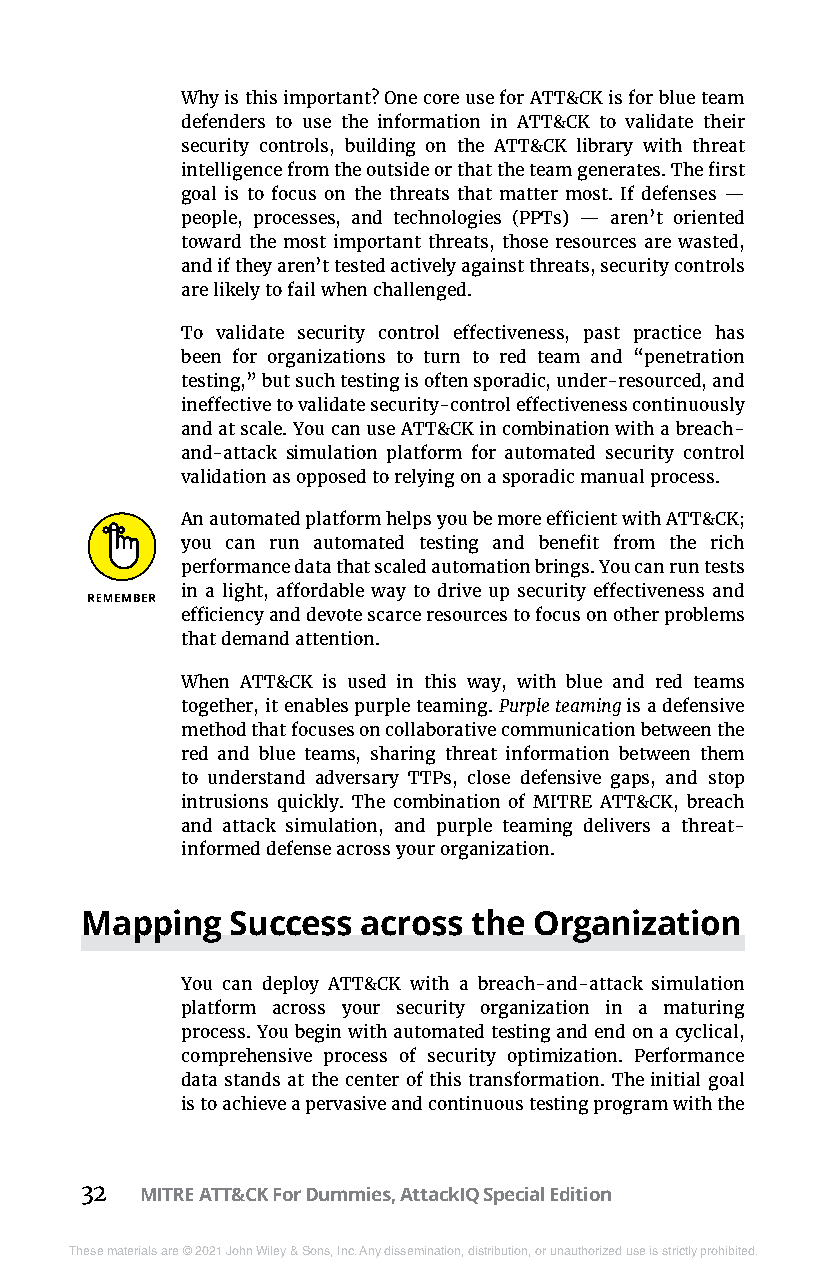
Why is this important? One core use for ATT&CK is for blue team
 defenders to use the information in ATT&CK to validate their
 security controls, building on the ATT&CK library with threat
 intelligence from the outside or that the team generates. The first
 goal is to focus on the threats that matter most. If defenses —
 people, processes, and technologies (PPTs) — aren’t oriented
 toward the most important threats, those resources are wasted,
 and if they aren’t tested actively against threats, security controls
 are likely to fail when challenged.
 To validate security control effectiveness, past practice has
 been for organizations to turn to red team and “penetration
 testing,” but such testing is often sporadic, under-resourced, and
 ineffective to validate security-control effectiveness continuously
 and at scale. You can use ATT&CK in combination with a breach­
 and-attack simulation platform for automated security control
 validation as opposed to relying on a sporadic manual process.
 An automated platform helps you be more efficient with ATT&CK;
 you can run automated testing and benefit from the rich
 performance data that scaled automation brings. You can run tests
 in a light, affordable way to drive up security effectiveness and
 efficiency and devote scarce resources to focus on other problems
 that demand attention.
 When ATT&CK is used in this way, with blue and red teams
 together, it enables purple teaming. Purple teaming is a defensive
 method that focuses on collaborative communication between the
 red and blue teams, sharing threat information between them
 to understand adversary TTPs, close defensive gaps, and stop
 intrusions quickly. The combination of MITRE ATT&CK, breach
 and attack simulation, and purple teaming delivers a threat-
 informed defense across your organization.
 Mapping   Success  across the Organization
 You can deploy ATT&CK with a breach-and-attack simulation
 platform across your security organization in a maturing
 process. You begin with automated testing and end on a cyclical,
 comprehensive process of security optimization. Performance
 data stands at the center of this transformation. The initial goal
 is to achieve a pervasive and continuous testing program with the
 32  MITRE ATT&CK For Dummies, AttackIQ Special Edition
 These materials are © 2021 John Wiley & Sons, Inc. Any dissemination, distribution, or unauthorized use is strictly prohibited.